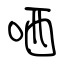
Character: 哂